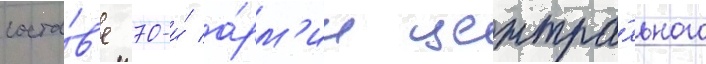
соста́в'е 70-и́ а́рм'ии центра́льного